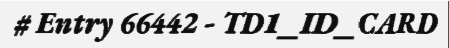
# Entry 66442 - TD1_ID_CARD